Lunatic asylums Central Provinces reports 1895-1909 - 1895-1909
Year: 1895
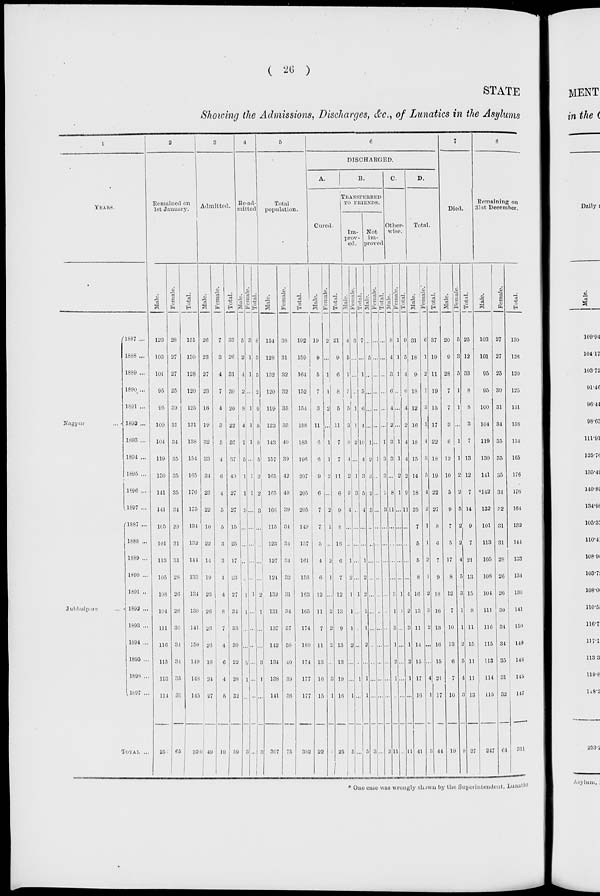
( 26 )
STATE
Showing the Admissions, Discharges, &c., of Lunatics in the Asylums
1
YEARS.
Nagpur ...
Jubbulpore ...
1887 ...
1888 ...
1889 ...
1890 ...
1891 ...
1892 ...
1893 ...
1894 ...
1895 ...
1896 ...
1897 ...
1887 ...
1888 ...
1889 ...
1890 ...
1891 ...
1892 ...
1893 ...
1894 ...
1895 ...
1896 ...
1897 ...
TOTAL ...
2
Remained on
1st January.
Male.
123
103
101
95
95
100
101
119
130
141
141
105
101
113
105
108
104
111
116
115
113
114
25
Female.
28
27
27
25
30
31
34
35
35
35
34
29
31
31
28
26
26
30
34
34
35
31
65
Total.
151
130
128
120
125
131
138
154
165
176
175
134
132
144
133
134
130
141
150
149
148
145
320
3
Admitted.
Male.
26
23
27
23
16
19
32
33
34
23
22
10
22
14
19
23
26
26
26
16
24
24
49
Female.
7
3
4
7
4
3
5
4
6
4
5
5
3
3
4
4
8
7
4
6
4
5
10
Total.
33
26
31
30
20
22
37
37
40
27
27
15
25
17
23
27
34
33
30
22
28
32
59
4
Re-ad-
mitted
Male.
5
2
4
2
8
4
7
5
1
1
3
...
...
...
...
1
1
...
...
3
1
...
3
Female.
3
1
1
...
1
1
1
...
1
1
...
...
...
...
...
1
...
...
...
...
...
...
...
Total.
8
3
5
2
9
5
8
5
2
2
3
...
...
...
...
1
1
...
...
3
1
...
3
5
Total
population.
Male.
151
128
132
120
119
123
143
157
165
165
166
115
123
127
124
132
131
137
142
134
138
141
307
Female.
38
31
32
32
35
35
40
39
42
40
39
34
34
34
32
31
34
37
38
40
39
36
75
Total.
192
159
164
152
154
158
183
196
207
205
205
149
157
161
156
163
165
174
180
174
177
177
382
6
DISCHARGED.
A.
Cured.
Male.
19
9
5
7
3
11
6
6
9
6
7
7
5
4
6
12
11
7
11
13
16
15
22
Female.
2
...
1
1
2
...
1
1
2
...
2
1
...
2
1
...
2
2
2
...
3
1
3
Total.
21
9
6
8
5
11
7
7
11
6
9
8
16
6
7
12
13
9
13
13
19
16
25
B.
TRANSFERRED
TO
FRIENDS.
Im-
prov-
ed.
Male.
4
5
1
5
5
3
8
4
2
2
4
...
...
1
2
1
1
1
2
...
...
1
5
Female.
3
...
...
...
1
1
2
...
1
3
...
...
...
...
...
1
...
...
...
...
1
...
...
Total.
7
5
1
5
6
4
10
4
3
5
4
...
...
1
2
2
1
1
2
...
1
1
5
Not
im-
proved
Male.
...
...
...
...
...
...
1
2
...
2
3
...
...
...
...
...
...
...
...
...
...
...
3
Female.
...
...
...
...
...
...
...
1
2
...
...
...
...
...
...
...
...
....
...
...
...
...
...
Total.
...
...
...
...
...
...
1
3
2
2
3
...
...
...
...
...
...
...
...
...
...
...
3
C.
Other-
wise.
Male.
8
4
3
6
4
2
3
3
3 ...
8
11
...
...
...
...
3
...
3
1
2
1
...
11
Female.
1
1
1
...
...
...
1
1
2
1
...
...
...
...
...
1
1
...
...
...
...
...
...
Total.
9
5
4
6
4
2
4
4
2
9
11
...
...
...
...
4
1
3
1
2
1
...
11
D.
Total.
Male.
31
18
9
18
12
16
18
15
14
18
25
7
5
5
8
16
13
11
14
15
17
16
41
Female.'
6
1
2
1
3
1
4
3
5
4
2
1
1
2
1
2
3
2
...
...
4
1
3
Total.
37
19
11
19
15
17
22
18
19
22
27
8
6
7
9
18
16
13
16
15
21
17
44
7
Died.
Male.
20
9
28
7
7
3
6
12
10
5
9
7
5
17
8
12
7
10
13
6
7
10
19
Female.
5
3
5
1
1
...
1
1
2
2
5
2
2
4
5
3
1
1
2
5
4
3
8
Total.
25
12
33
8
8
3
7
13
12
7
14
9
7
21
13
15
8
11
15
11
11
13
27
8
Remaining on
31st December.
Male.
103
101
95
95
100
104
119
130
141
*142
132
101
113
105
108
104
111
116
115
113
114
115
247
Female.
27
27
25
30
31
34
35
35
35
34
32
31
31
28
26
26
30
34
34
35
31
32
64
Total.
130
128
120
125
131
138
154
165
176
176
164
133
144
133
134
130
141
159
149
148
145
147
311
* One case was wrongly shown by the Superintendent, Lunatic